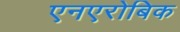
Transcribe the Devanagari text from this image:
एनएरोबिक